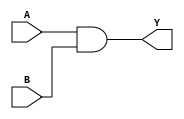
//dataflow
module and_gate(output Y,input A,input B);
assign Y=A&B;
endmodule